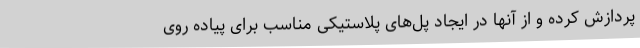
پردازش کرده و از آنها در ایجاد پل‌های پلاستیکی مناسب برای پیاده روی